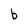
Character: b